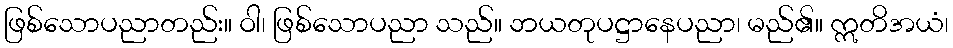
ဖြစ်သောပညာတည်း။ ဝါ၊ ဖြစ်သောပညာ သည်။ ဘယတုပဋ္ဌာနေပညာ၊ မည်၏။ ဣတိအယံ၊